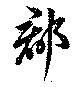
郡